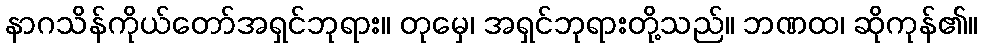
နာဂသိန်ကိုယ်တော်အရှင်ဘုရား။ တုမှေ၊ အရှင်ဘုရားတို့သည်။ ဘဏထ၊ ဆိုကုန်၏။